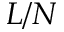
L / N